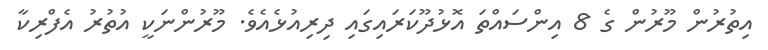
އިތުރުން މޫރުން ގެ 8 އިންސައްތަ އޮޅުދޫކަރައިގައި ދިރިއުޅެއެވެ. މޫރުންނަކީ އުތުރު އެފްރިކާ